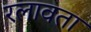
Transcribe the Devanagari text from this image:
रलावता